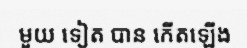
មួយ ទៀត បាន កើតឡើង